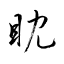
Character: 眈